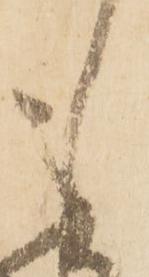
も